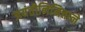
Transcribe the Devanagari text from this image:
जयंतीनिमित्ताने